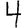
Digit: 4